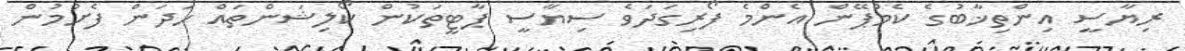
ރިޔާސީ އިންތިޚާބުގެ ކެމްޕޭން އެންމެ ފޯރިގަދަވެ ސިޔާސީ ޕާޓީތަކުން ކޯލިޝަންތައް ހަދަން ފެށުމުން